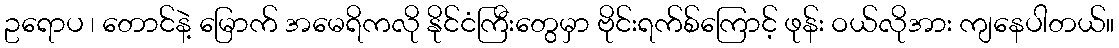
ဥရောပ ၊ တောင်နဲ့ မြောက် အမေရိကလို နိုင်ငံကြီးတွေမှာ ဗိုင်းရက်စ်ကြောင့် ဖုန်း ဝယ်လိုအား ကျနေပါတယ်။